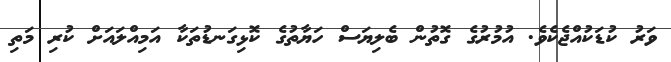
ވަރު ކުޑަކުއްޖެކެވެ. އުމުރުގެ ގޮތުން ބެލިޔަސް ހަޔާތުގެ ކޮޅިގަނޑުތަކާ އަމިއްލައަށް ކުރި މަތި